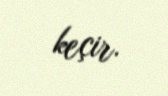
keçir.